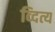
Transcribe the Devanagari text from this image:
व्दित्य